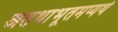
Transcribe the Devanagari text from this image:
अतथाभूतमप्यर्थ